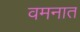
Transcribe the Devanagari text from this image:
वमनात